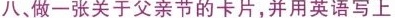
八，做一张关于父亲节的卡片，并用英语写上